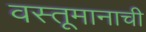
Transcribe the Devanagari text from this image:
वस्तूमानाची